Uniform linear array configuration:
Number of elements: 12
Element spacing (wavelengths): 1
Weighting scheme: hamming
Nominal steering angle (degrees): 15
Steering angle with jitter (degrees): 16.759
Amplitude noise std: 0.05
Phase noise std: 0.05

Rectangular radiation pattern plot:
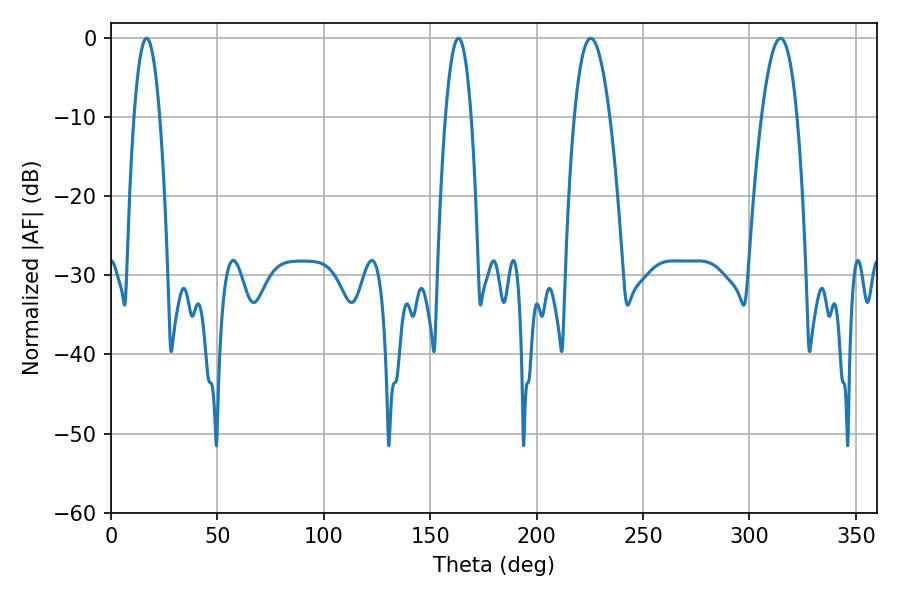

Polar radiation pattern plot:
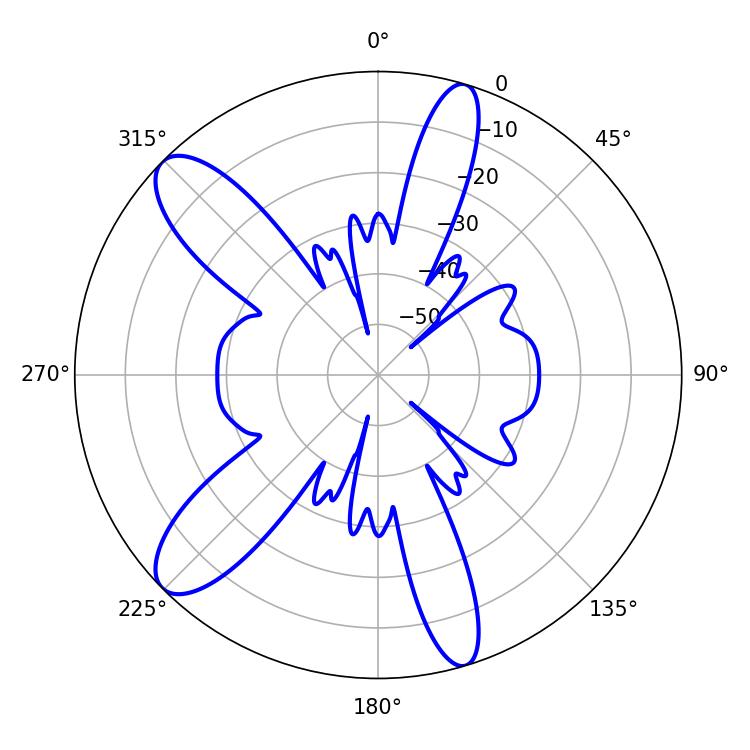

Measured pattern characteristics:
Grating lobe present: TRUE
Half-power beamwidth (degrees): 6.66
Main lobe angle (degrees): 16.74